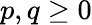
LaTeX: p,q\ge 0